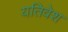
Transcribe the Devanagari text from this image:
यतिवेश